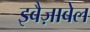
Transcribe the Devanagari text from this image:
इबैज़ाबेल